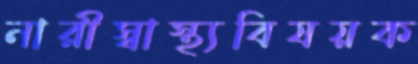
নারীস্বাস্থ্যবিষয়ক